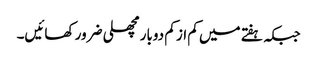
جبکہ ہفتے میں کم از کم دوبار مچھلی ضرور کھائیں۔